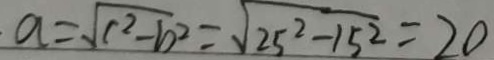
a = \sqrt { c ^ { 2 } - b ^ { 2 } } = \sqrt { 2 5 ^ { 2 } - 1 5 ^ { 2 } } = 2 0